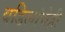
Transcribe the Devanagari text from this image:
वडिलांचेही